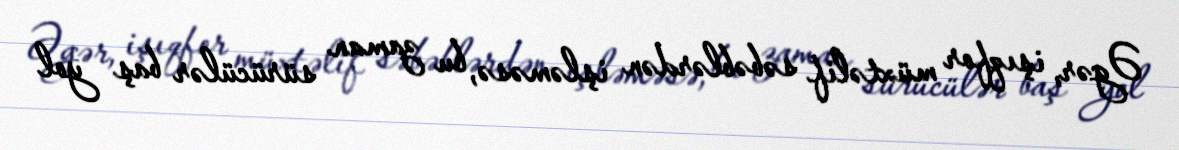
Əgər, işıqfor müxtəlif səbəblərdən işləməsə, bu zaman sürücülər baş yol